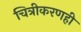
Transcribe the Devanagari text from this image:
चित्रीकरणही